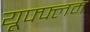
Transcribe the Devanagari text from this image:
यूफ्फ्लम